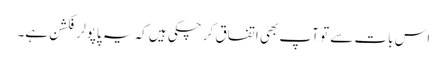
اس بات سے تو آپ بھی اتفاق کر چکی ہیں کہ یہ پاپولر فکشن ہے۔